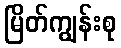
မြိတ်ကျွန်းစု